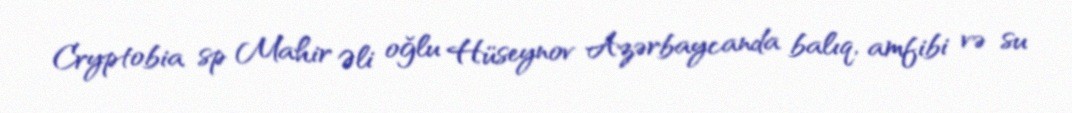
Cryptobia sp Mahir Əli oğlu Hüseynov Azərbaycanda balıq, amfibi və su